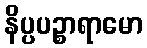
နိပ္ပပဉ္စာရာမော